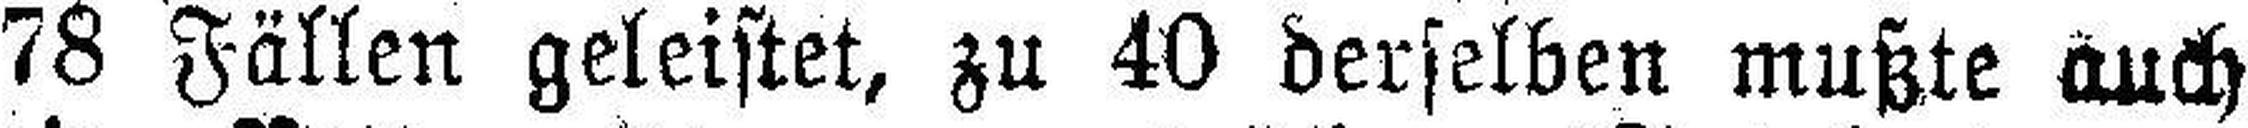
78 Fällen geleistet, zu 40 derselben mußte auch